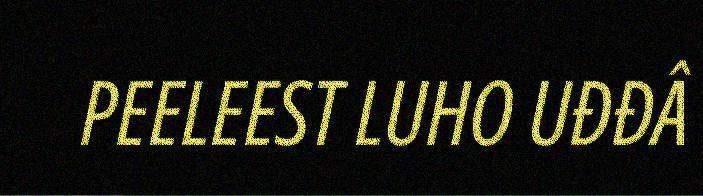
PEELEEST LUHO UĐĐÂ